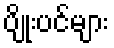
ပျိုးပင်များ